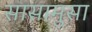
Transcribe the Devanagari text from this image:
सासामुसा